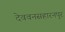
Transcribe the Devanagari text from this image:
देववनसहारनपुर